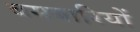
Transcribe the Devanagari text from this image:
बमबारियों